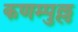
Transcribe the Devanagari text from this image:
कणम्पुल्ल